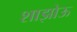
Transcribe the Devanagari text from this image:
शाझोऊ